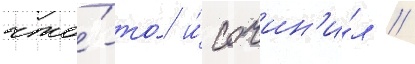
что́-то́ и́ сочин'и́л /